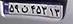
۵۹ن۴۵۳۱۳